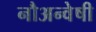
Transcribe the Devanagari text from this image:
नौअन्वेषी